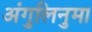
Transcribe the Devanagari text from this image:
अंगुलिनुमा